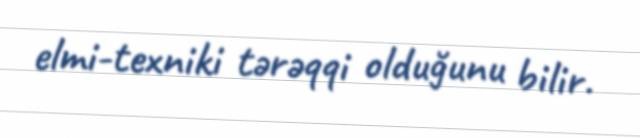
elmi-texniki tərəqqi olduğunu bilir.